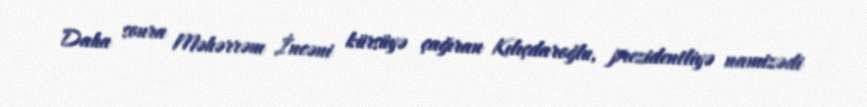
Daha sonra Məhərrəm İncəni kürsüyə çağıran Kılıçdaroğlu, prezidentliyə namizədi